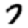
Digit: 7